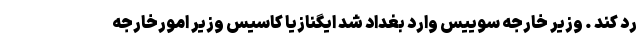
رد کند . وزیر خارجه سوییس وارد بغداد شد ایگنازیا کاسیس وزیر امورخارجه